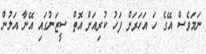
ނަމަވެސް އޭގެ ހަ އަހަރަށް ފަހު ކުރިއަށް އޮތް ސީޒަނުގައި އޭނާ އަލުން